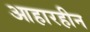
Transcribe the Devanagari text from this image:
आहारहीन